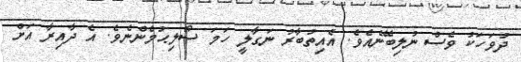
ދުވަހަކު ވެސް ނުލިބޭނެއެވެ. އެއިތުބާރު ނަގާލީ ހަމަ ސޯލިޙުމެންނެވެ. އެ ދާއިރާ އަށް